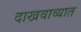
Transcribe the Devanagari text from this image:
दाखवाव्यात